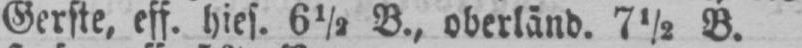
Gerste, eff. hies. 6½ B., oberländ. 7½ B.